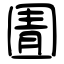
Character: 圊